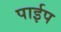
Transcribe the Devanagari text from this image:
पार्इप